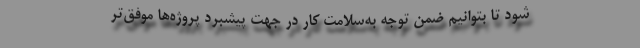
شود تا بتوانیم ضمن توجه به‌سلامت کار در جهت پیشبرد پروژه‌ها موفق‌تر